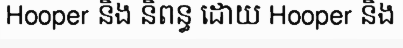
Hooper និង និពន្ធ ដោយ Hooper និង